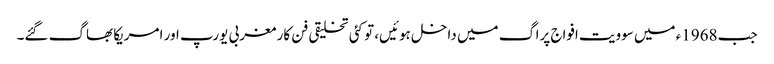
جب 1968ء میں سوویت افواج پراگ میں داخل ہوئیں، تو کئی تخلیقی فن کار مغربی یورپ اور امریکا بھاگ گئے۔